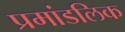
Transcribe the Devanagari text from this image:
प्रमांडलिक